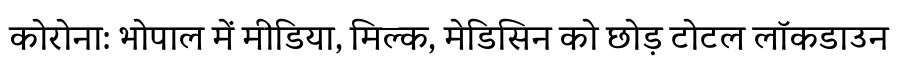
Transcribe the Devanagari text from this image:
कोरोना: भोपाल में मीडिया, मिल्क, मेडिसिन को छोड़ टोटल लॉकडाउन